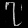
Digit: ၇